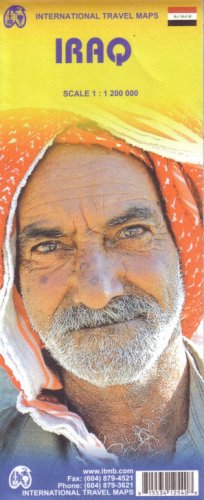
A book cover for Iraq Travel Reference Map by ITMB -2008 (English and German Edition); ITMB Publishing; Travel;